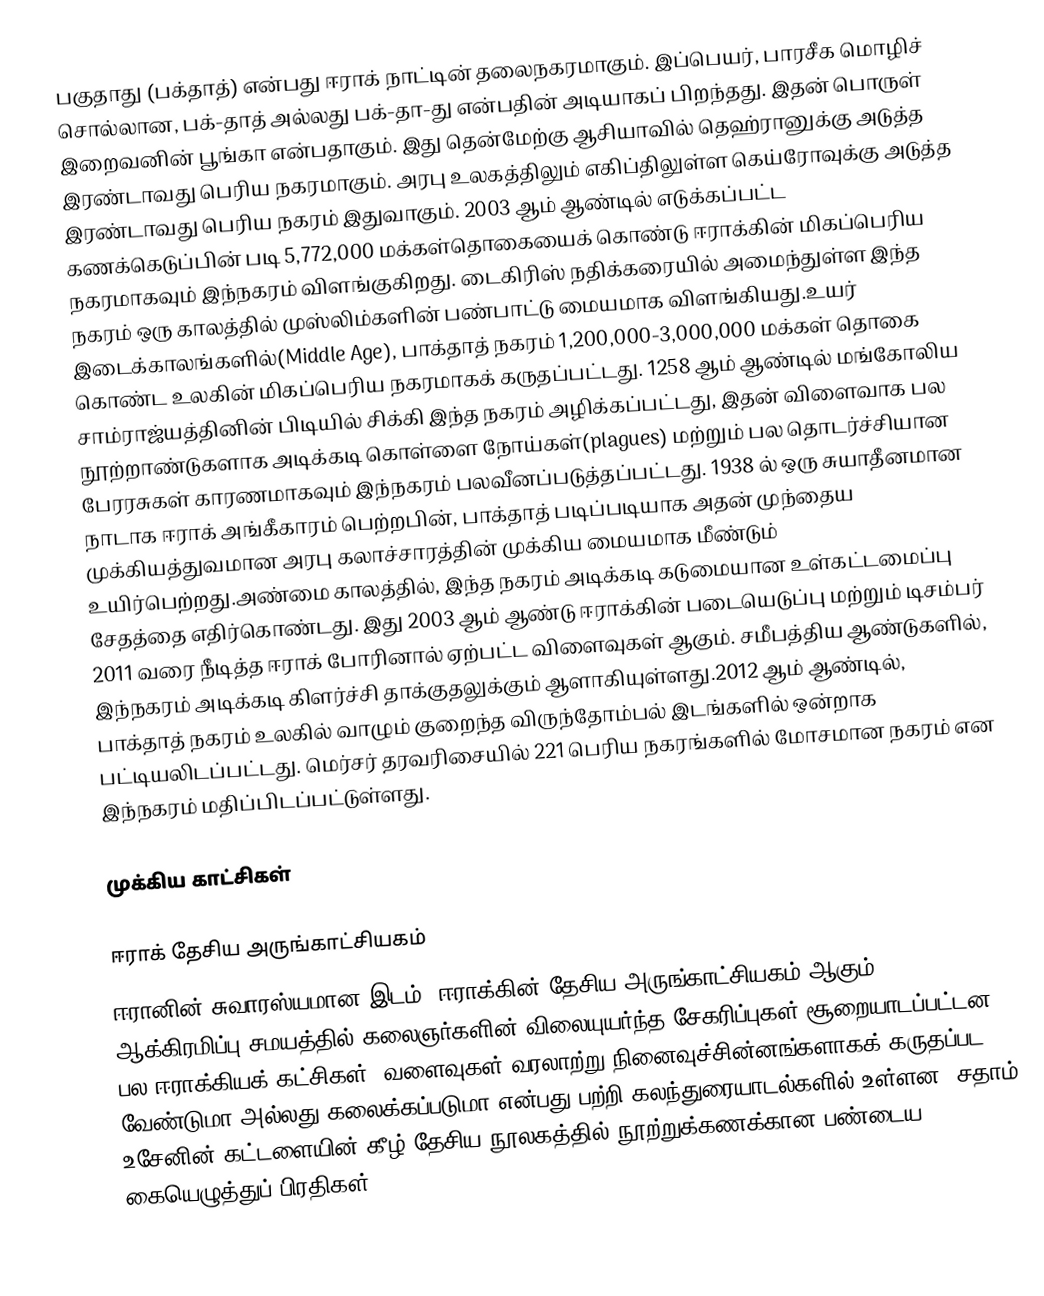
பகுதாது (பக்தாத்) என்பது ஈராக் நாட்டின் தலைநகரமாகும். இப்பெயர், பாரசீக மொழிச் சொல்லான, பக்-தாத் அல்லது பக்-தா-து என்பதின் அடியாகப் பிறந்தது. இதன் பொருள் இறைவனின் பூங்கா என்பதாகும். இது தென்மேற்கு ஆசியாவில் தெஹ்ரானுக்கு அடுத்த இரண்டாவது பெரிய நகரமாகும். அரபு உலகத்திலும் எகிப்திலுள்ள கெய்ரோவுக்கு அடுத்த இரண்டாவது பெரிய நகரம் இதுவாகும். 2003 ஆம் ஆண்டில் எடுக்கப்பட்ட கணக்கெடுப்பின் படி 5,772,000 மக்கள்தொகையைக் கொண்டு ஈராக்கின் மிகப்பெரிய நகரமாகவும் இந்நகரம் விளங்குகிறது. டைகிரிஸ் நதிக்கரையில் அமைந்துள்ள இந்த நகரம்  ஒரு காலத்தில் முஸ்லிம்களின் பண்பாட்டு மையமாக விளங்கியது.உயர் இடைக்காலங்களில்(Middle Age), பாக்தாத் நகரம் 1,200,000-3,000,000 மக்கள் தொகை கொண்ட உலகின் மிகப்பெரிய நகரமாகக் கருதப்பட்டது. 1258 ஆம் ஆண்டில் மங்கோலிய சாம்ராஜ்யத்தினின் பிடியில் சிக்கி இந்த நகரம் அழிக்கப்பட்டது, இதன் விளைவாக பல நூற்றாண்டுகளாக அடிக்கடி கொள்ளை நோய்கள்(plagues) மற்றும் பல தொடர்ச்சியான பேரரசுகள் காரணமாகவும் இந்நகரம் பலவீனப்படுத்தப்பட்டது. 1938 ல் ஒரு சுயாதீனமான நாடாக ஈராக் அங்கீகாரம் பெற்றபின், பாக்தாத் படிப்படியாக அதன் முந்தைய முக்கியத்துவமான அரபு கலாச்சாரத்தின் முக்கிய மையமாக மீண்டும் உயிர்பெற்றது.அண்மை காலத்தில், இந்த நகரம் அடிக்கடி கடுமையான உள்கட்டமைப்பு சேதத்தை எதிர்கொண்டது. இது 2003 ஆம் ஆண்டு ஈராக்கின் படையெடுப்பு மற்றும் டிசம்பர் 2011 வரை நீடித்த ஈராக் போரினால் ஏற்பட்ட விளைவுகள் ஆகும். சமீபத்திய ஆண்டுகளில், இந்நகரம் அடிக்கடி கிளர்ச்சி தாக்குதலுக்கும் ஆளாகியுள்ளது.2012 ஆம் ஆண்டில், பாக்தாத் நகரம் உலகில் வாழும் குறைந்த விருந்தோம்பல் இடங்களில் ஒன்றாக பட்டியலிடப்பட்டது. மெர்சர் தரவரிசையில் 221 பெரிய நகரங்களில் மோசமான நகரம் என இந்நகரம் மதிப்பிடப்பட்டுள்ளது.

முக்கிய காட்சிகள்

ஈராக் தேசிய அருங்காட்சியகம்
ஈரானின் சுவாரஸ்யமான இடம், ஈராக்கின் தேசிய அருங்காட்சியகம் ஆகும், 2003 ஆக்கிரமிப்பு சமயத்தில் கலைஞர்களின் விலையுயர்ந்த சேகரிப்புகள் சூறையாடப்பட்டன; பல ஈராக்கியக் கட்சிகள், வளைவுகள் வரலாற்று நினைவுச்சின்னங்களாகக் கருதப்பட வேண்டுமா அல்லது கலைக்கப்படுமா என்பது பற்றி கலந்துரையாடல்களில் உள்ளன. சதாம் உசேனின் கட்டளையின் கீழ் தேசிய நூலகத்தில் நூற்றுக்கணக்கான பண்டைய கையெழுத்துப் பிரதிகள் (manusc